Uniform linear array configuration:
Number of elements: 24
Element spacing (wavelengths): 1
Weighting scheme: kaiser
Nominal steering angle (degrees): -60
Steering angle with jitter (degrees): -60.754
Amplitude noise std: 0.05
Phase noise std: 0.05

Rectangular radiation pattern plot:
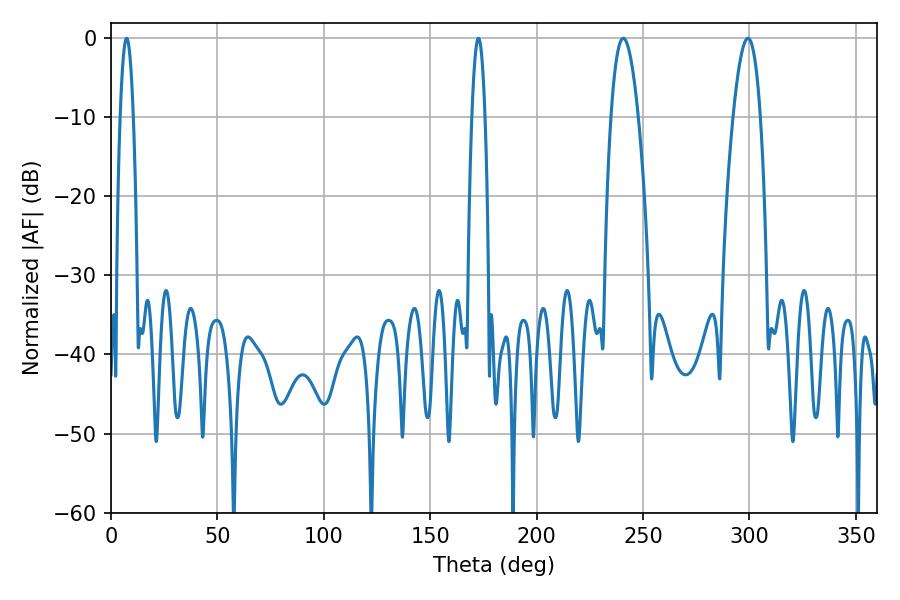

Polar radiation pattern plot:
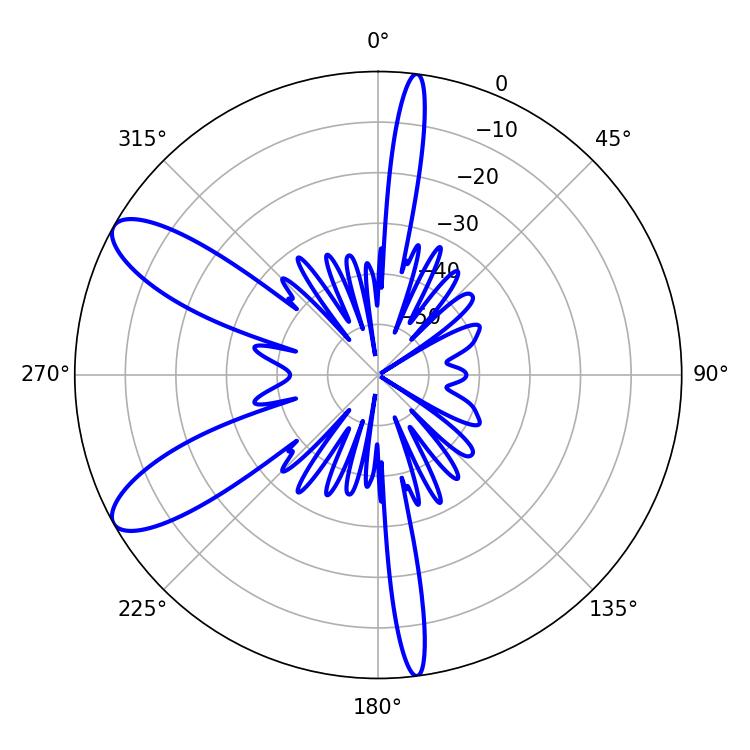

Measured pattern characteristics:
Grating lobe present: TRUE
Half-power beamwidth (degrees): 7.02
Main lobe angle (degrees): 240.66